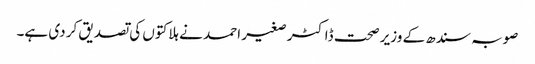
صوبہ سندھ کے وزیر صحت ڈاکٹر صغیر احمد نے ہلاکتوں کی تصدیق کر دی ہے۔